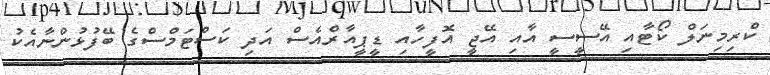
ކްރިމިނަލް ކޯޓާއި އޭސީސީ އާއި އޭޖީ އޮފީހާއި ޑީޕީއާރްއެސް އަދި ކަސްޓަމްސްގެ ބޭފުޅުންނާއެކު